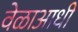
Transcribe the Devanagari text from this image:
वेळाआधी